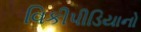
વિકીપીડિયાનો